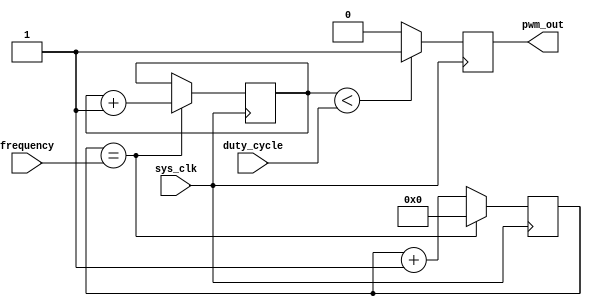
module pwm_timer (
    input wire sys_clk,
    input wire [7:0] duty_cycle,
    input wire [15:0] frequency,
    output reg pwm_out
);

reg [15:0] counter;
reg [7:0] duty_counter;

always @(posedge sys_clk) begin
    if (counter == frequency) begin
        counter <= 0;
        duty_counter <= duty_counter + 1;
    end else begin
        counter <= counter + 1;
    end

    if (duty_counter < duty_cycle) begin
        pwm_out <= 1;
    end else begin
        pwm_out <= 0;
    end
end

endmodule